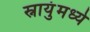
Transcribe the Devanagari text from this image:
स्नायुंमध्ये